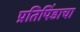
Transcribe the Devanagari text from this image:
प्रतिपिंडाचा